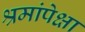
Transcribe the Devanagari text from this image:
श्रमांपेक्षा